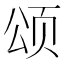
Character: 颂